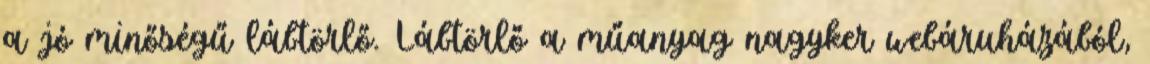
a jó minőségű lábtörlő. Lábtörlő a műanyag nagyker webáruházából,